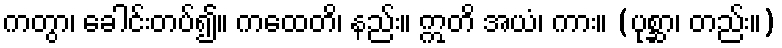
ကတွာ၊ ခေါင်းတပ်၍။ ကထေတိ၊ နည်း။ ဣတိ အယံ၊ ကား။ (ပုစ္ဆာ၊ တည်း။)